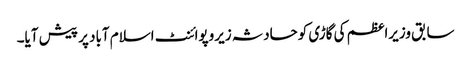
سابق وزیراعظم کی گاڑی کوحادثہ زیروپوائنٹ اسلام آباد پر پیش آیا۔